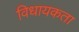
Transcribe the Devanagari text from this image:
विधायकता